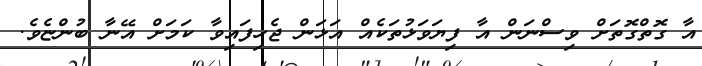
އާ ގޮތްގޮތަށް ވިސްނަން އާ ފިޔަވަޅުތަކެއް އަޅަން ޖެހިފައިވާ ކަމަށް އޭނާ ބުންޏެވެ.